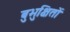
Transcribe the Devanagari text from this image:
बुभुक्षितों